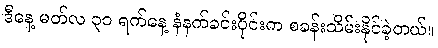
ဒီနေ့ မတ်လ ၃၁ ရက်နေ့ နံနက်ခင်းပိုင်းက စခန်းသိမ်းနိုင်ခဲ့တယ်။